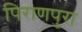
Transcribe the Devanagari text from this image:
पिराणपुरा